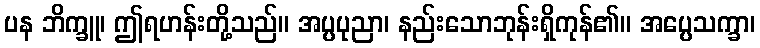
ပန ဘိက္ခူ၊ ဤရဟန်းတို့သည်။ အပ္ပပုညာ၊ နည်းသောဘုန်းရှိကုန်၏။ အပ္ပေသက္ခာ၊